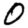
Digit: 0